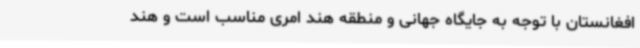
افغانستان با توجه به جایگاه جهانی و منطقه هند امری مناسب است و هند